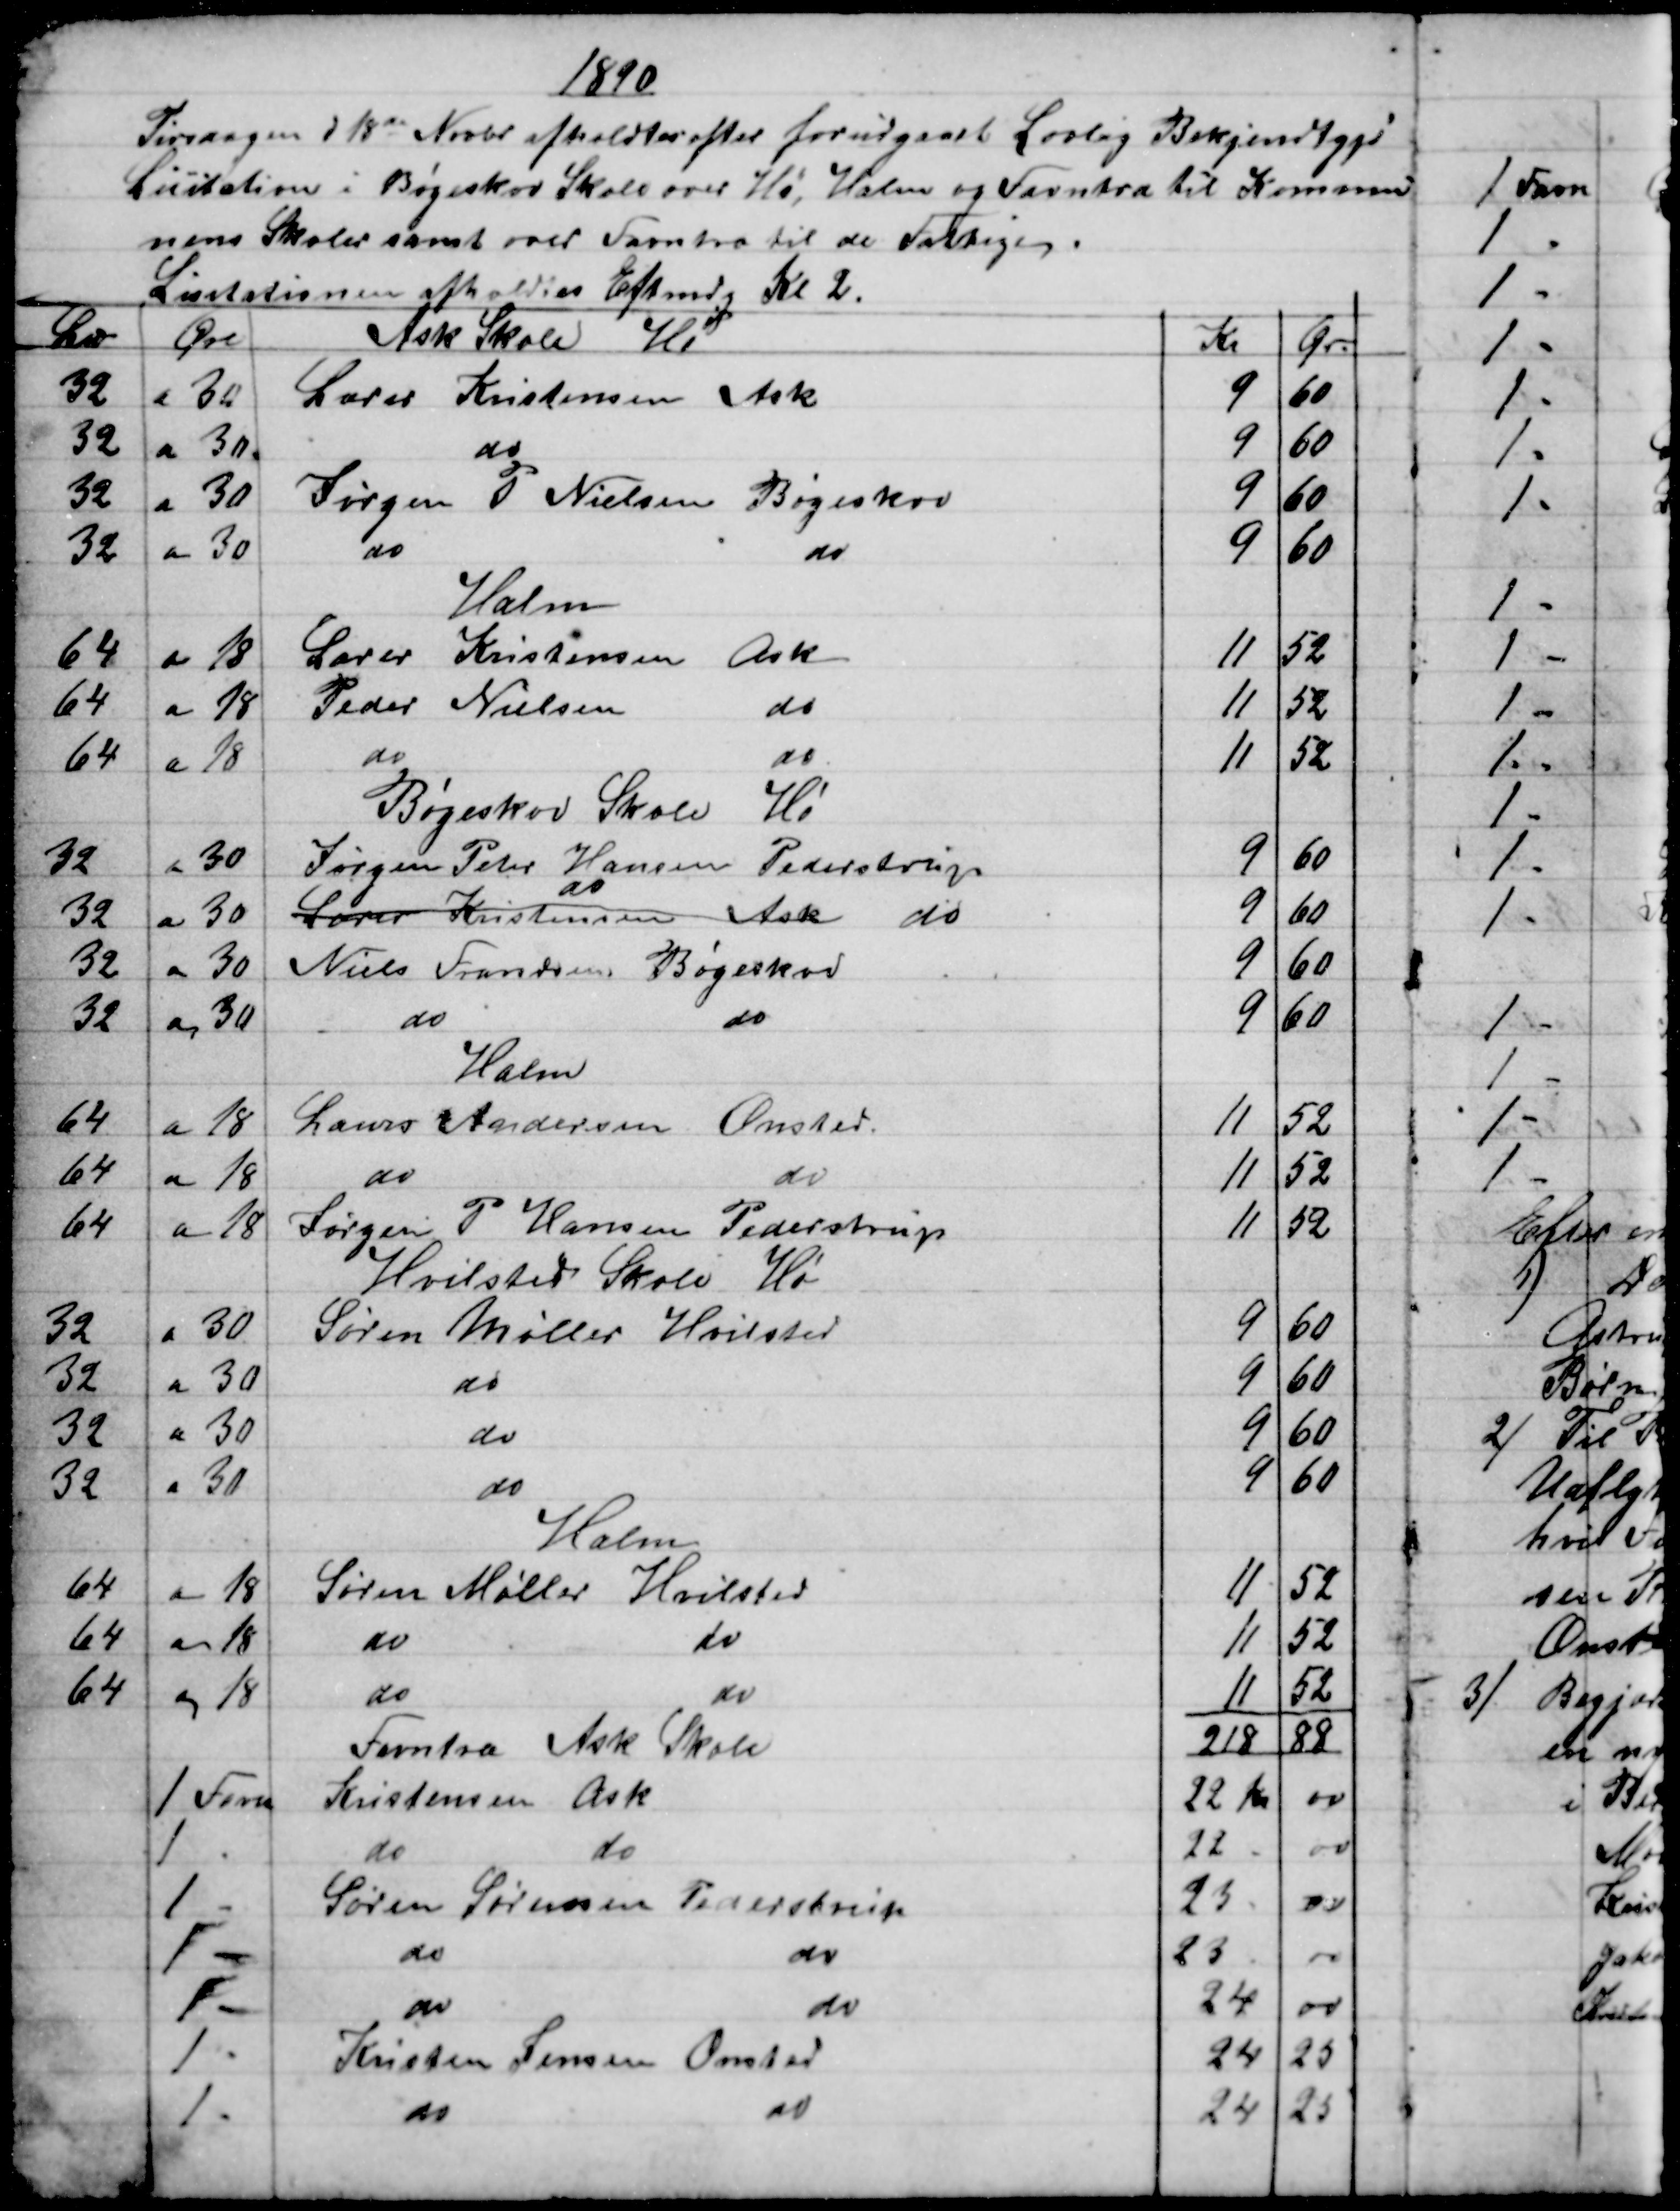
Transskription:
1890
Tirsdagen d 18de Novbr afholdtes efter forudgaaet Lovlig Bekjendtgjd
Licitation i Bøgeskov Skole over Hø, Halm og Favntræ til Kommu-
nens Skoler samt over Favntræ til de Fattige.
Licitationen afholdtes Eftmdg Kl 2.
L℔
Øre
Ask Skole Hø
Kr
Ør.
32
a 30
Lærer Kristensen Ask
9
60
32
a 30
do
9
60
32
a 30
Jørgen P Nielsen Bøgeskov
9
60
32
a 30
do
do
9
60
Halm
64
a 18
Lærer Kristensen
Ask
11
52
64
a 18
Peder Nielsen
do
11
52
64
a 18
do
do
11
52
Bøgeskov Skole Hø
32
a 30
Jørgen Peter Hansen Pederstrup
9
60
32
a 30
Lærer Kristensen Ask  
do
do
9
60
32
a 30
Niels Frandsen Bøgeskov
9
60
32
a 30
do
do
9
60
Halm
64
a 18
Laurs Andersen Onsted.
11
52
64
a 18
do
do
11
52
64
a 18
Jørgen P Hansen Pederstrup
11
52
Hvilsted Skole Hø
32
a 30
Søren Møller Hvilsted
9
60
32
a 30
do
9
60
32
a 30
do
9
60
32
a 30
do
9
60
Halm
64
a 18
Søren Møller Hvilsted
11
52
64
a 18
do
do
11
52
64
a 18
do
do
11
52
Favntræ Ask Skole
218
88
1 Favn
Kristensen Ask
22 Kr
00
1 -
do
do
22
00
1 -
Søren Sørensen Pederstrup
23
00
1 -
do
do
23
00
1 -
do
do
24
00
1 -
Kristen Jensen Onsted
24
25
1 -
do
do
24
25